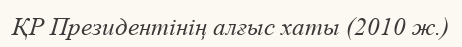
ҚР Президентінің алғыс хаты (2010 ж.)